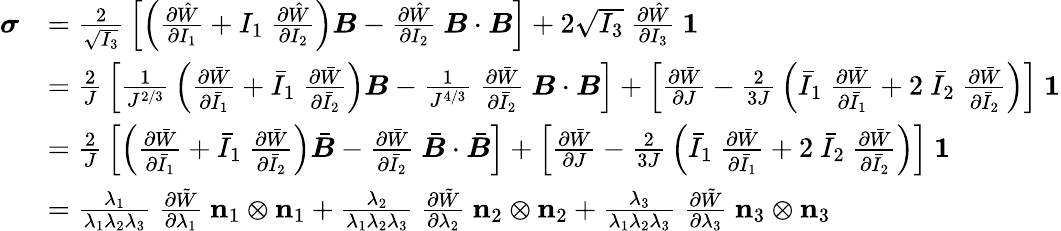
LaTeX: {\begin{array}{rl}{{\boldsymbol{\sigma}}}&{={\frac{2}{\sqrt{I_{3}}}}\left[\left({\frac{\partial{\hat{W}}}{\partial I_{1}}}+I_{1}~{\frac{\partial{\hat{W}}}{\partial I_{2}}}\right){\boldsymbol{B}}-{\frac{\partial{\hat{W}}}{\partial I_{2}}}~{\boldsymbol{B}}\cdot{\boldsymbol{B}}\right]+2{\sqrt{I_{3}}}~{\frac{\partial{\hat{W}}}{\partial I_{3}}}~{\boldsymbol{\mathit{1}}}}\\ &{={\frac{2}{J}}\left[{\frac{1}{J^{2/3}}}\left({\frac{\partial{\bar{W}}}{\partial{\bar{I}}_{1}}}+{\bar{I}}_{1}~{\frac{\partial{\bar{W}}}{\partial{\bar{I}}_{2}}}\right){\boldsymbol{B}}-{\frac{1}{J^{4/3}}}~{\frac{\partial{\bar{W}}}{\partial{\bar{I}}_{2}}}~{\boldsymbol{B}}\cdot{\boldsymbol{B}}\right]+\left[{\frac{\partial{\bar{W}}}{\partial J}}-{\frac{2}{3J}}\left({\bar{I}}_{1}~{\frac{\partial{\bar{W}}}{\partial{\bar{I}}_{1}}}+2~{\bar{I}}_{2}~{\frac{\partial{\bar{W}}}{\partial{\bar{I}}_{2}}}\right)\right]~{\boldsymbol{\mathit{1}}}}\\ &{={\frac{2}{J}}\left[\left({\frac{\partial{\bar{W}}}{\partial{\bar{I}}_{1}}}+{\bar{I}}_{1}~{\frac{\partial{\bar{W}}}{\partial{\bar{I}}_{2}}}\right){\bar{\boldsymbol{B}}}-{\frac{\partial{\bar{W}}}{\partial{\bar{I}}_{2}}}~{\bar{\boldsymbol{B}}}\cdot{\bar{\boldsymbol{B}}}\right]+\left[{\frac{\partial{\bar{W}}}{\partial J}}-{\frac{2}{3J}}\left({\bar{I}}_{1}~{\frac{\partial{\bar{W}}}{\partial{\bar{I}}_{1}}}+2~{\bar{I}}_{2}~{\frac{\partial{\bar{W}}}{\partial{\bar{I}}_{2}}}\right)\right]~{\boldsymbol{\mathit{1}}}}\\ &{={\frac{\lambda_{1}}{\lambda_{1}\lambda_{2}\lambda_{3}}}~{\frac{\partial{\tilde{W}}}{\partial\lambda_{1}}}~\mathbf{n}_{1}\otimes\mathbf{n}_{1}+{\frac{\lambda_{2}}{\lambda_{1}\lambda_{2}\lambda_{3}}}~{\frac{\partial{\tilde{W}}}{\partial\lambda_{2}}}~\mathbf{n}_{2}\otimes\mathbf{n}_{2}+{\frac{\lambda_{3}}{\lambda_{1}\lambda_{2}\lambda_{3}}}~{\frac{\partial{\tilde{W}}}{\partial\lambda_{3}}}~\mathbf{n}_{3}\otimes\mathbf{n}_{3}}\end{array}}